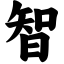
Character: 智